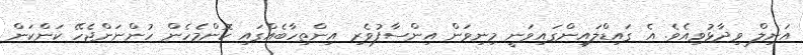
އަނިލް ވިދާޅުވިއެވެ. އެ ގައިޑްލައިންގައިވަނީ މިނިވަން އިންސާފުވެރި އިންތިހާބެއްގައި ކޮންމެހެން ހުންނަންޖެހޭ ކަންކަން